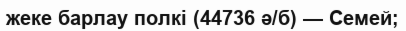
жеке барлау полкі (44736 ә/б) — Семей;